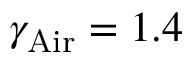
\gamma _ { \mathrm { { A i r } } } = 1 . 4